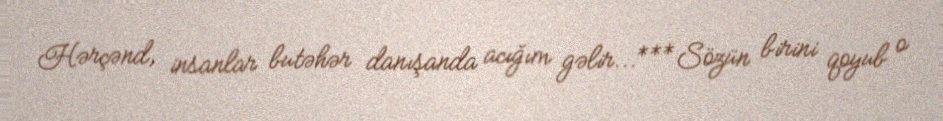
Hərçənd, insanlar butəhər danışanda acığım gəlir...***Sözün birini qoyub o